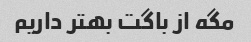
مگه از باگت بهتر داریم